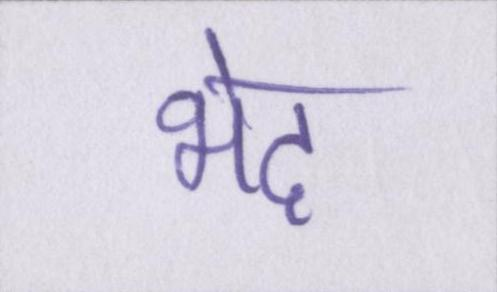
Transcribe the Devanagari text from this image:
भेद